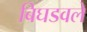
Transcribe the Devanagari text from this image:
बिघडवले